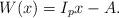
LaTeX: \begin{align*}W(x)=I_px-A.\end{align*}